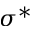
\sigma ^ { * }